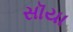
સૉયા